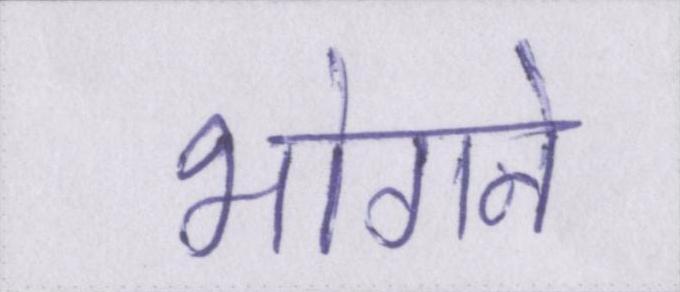
भोगने